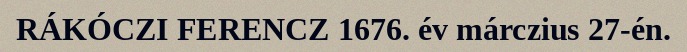
RÁKÓCZI FERENCZ 1676. év márczius 27-én.